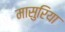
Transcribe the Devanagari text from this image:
मासुरिया